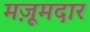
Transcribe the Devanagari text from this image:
मज़ूमदार